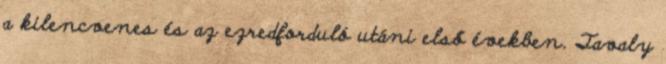
a kilencvenes és az ezredforduló utáni első években. Tavaly